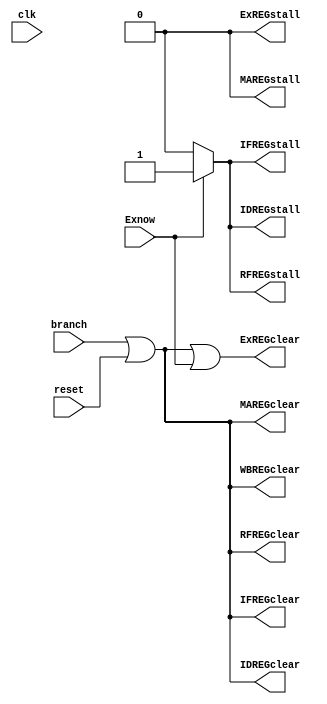
module Ochiba_RV32IM_cont 		(input clk,reset,branch,
								output IFREGclear,IDREGclear,RFREGclear,ExREGclear,MAREGclear,WBREGclear,IFREGstall,IDREGstall,RFREGstall,ExREGstall,MAREGstall,
								input Exnow);
										
				assign IFREGclear = branch | reset;
				assign IDREGclear = branch | reset;
				assign RFREGclear = branch | reset;
				assign ExREGclear = branch | reset | Exnow;
				assign MAREGclear = branch | reset;
				assign WBREGclear = branch | reset;
				
			    assign IFREGstall = Exnow ? 1'b1 : 1'b0;
			    assign IDREGstall = Exnow ? 1'b1 : 1'b0;
			    assign RFREGstall = Exnow ? 1'b1 : 1'b0;
			    assign ExREGstall = 1'b0;
			    assign MAREGstall = 1'b0;
			    

endmodule